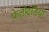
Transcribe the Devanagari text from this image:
फेलोइडिया